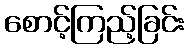
စောင့်ကြည့်ခြင်း